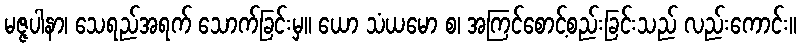
မဇ္ဇပါနာ၊ သေရည်အရက် သောက်ခြင်းမှ။ ယော သံယမော စ၊ အကြင်စောင့်စည်းခြင်းသည် လည်းကောင်း။